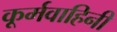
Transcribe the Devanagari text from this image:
कूर्मवाहिनी